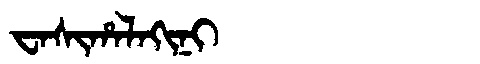
Manchu: ᠸᠠᠰᡳᡥᠠᠯᠠᡴᡳᠨᡳ
Romanization: WASIHALAKINI